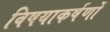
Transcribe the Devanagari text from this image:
विषयाकर्षणों